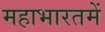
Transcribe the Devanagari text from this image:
महाभारतमें